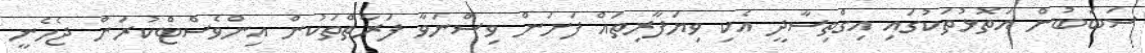
ސަބަބުން އަތޮޅުތަކުގައި އިގްތިސާދީ އެކި ވިޔަފާރިތައް ފަށަން ވިސްނަވާ ފަރާތްތަކުން އިންވެސްޓްކުރަން ޖެހެނީ